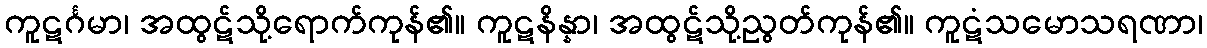
ကူဋင်္ဂမာ၊ အထွဋ်သို့ရောက်ကုန်၏။ ကူဋနိန္နာ၊ အထွဋ်သို့ညွတ်ကုန်၏။ ကူဋံသမောသရဏာ၊